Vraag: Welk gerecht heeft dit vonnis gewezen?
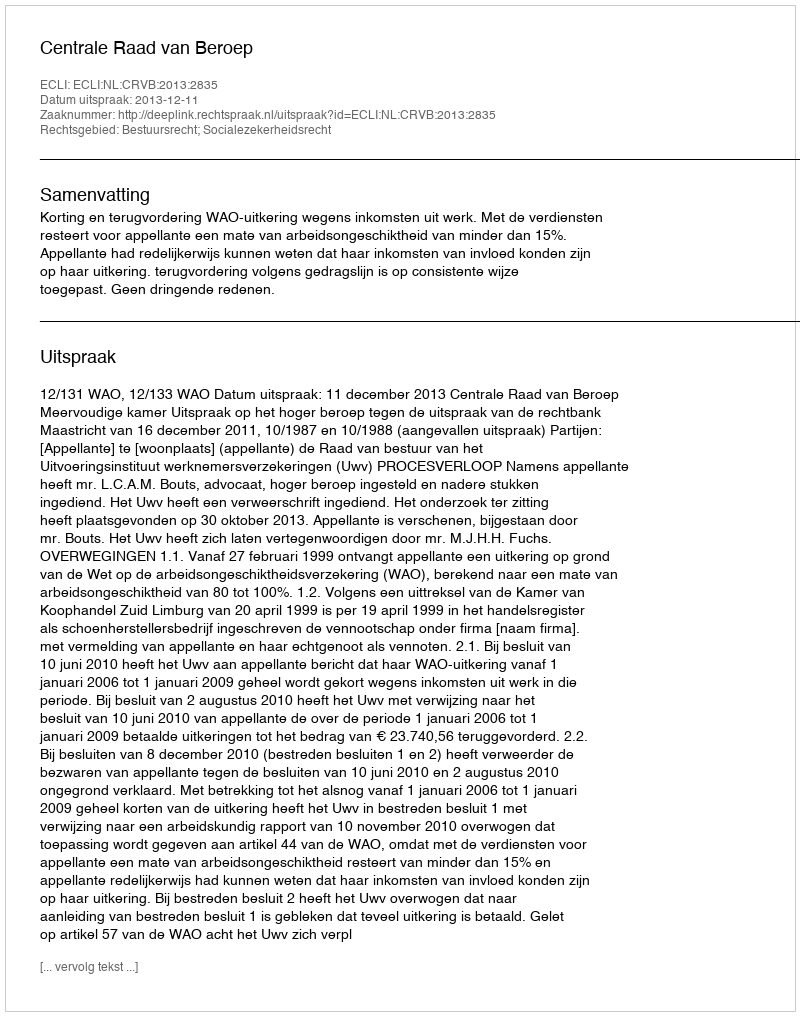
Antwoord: Centrale Raad van Beroep